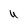
Character: U